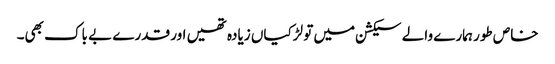
خاص طور ہمارے والے سیکشن میں تو لڑکیاں زیادہ تھیں اور قدرے بے باک بھی۔